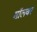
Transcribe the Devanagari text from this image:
मॉलवर